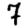
Digit: 7